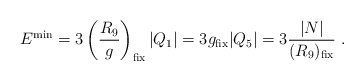
\begin{align*}E^{\rm min} = 3 \left({R_9 \over g}\right)_{\rm fix} |Q_1| = 3 g_{\rm fix}|Q_5| = 3 { |N|\over (R_9)_{\rm fix}} \ .\end{align*}